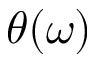
\theta ( \omega )